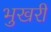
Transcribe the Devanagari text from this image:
भुखरी